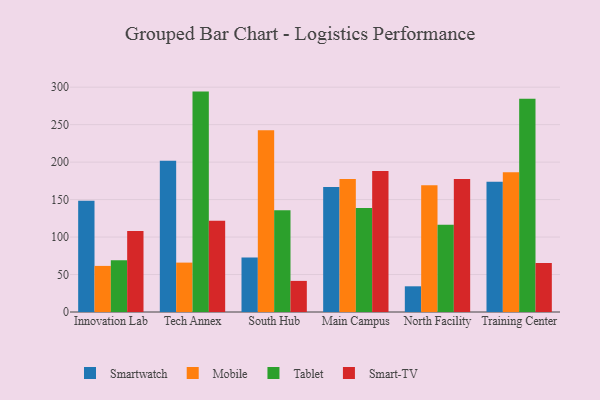
{"axis": {"x": "Campus", "y": "Inventory Turnover"}, "legend": ["Mobile", "Smart-TV", "Smartwatch", "Tablet"], "data": [{"x": "Innovation Lab", "y": 148.5, "type": "Smartwatch"}, {"x": "Innovation Lab", "y": 61.5, "type": "Mobile"}, {"x": "Innovation Lab", "y": 68.9, "type": "Tablet"}, {"x": "Innovation Lab", "y": 108.2, "type": "Smart-TV"}, {"x": "Tech Annex", "y": 201.7, "type": "Smartwatch"}, {"x": "Tech Annex", "y": 65.9, "type": "Mobile"}, {"x": "Tech Annex", "y": 294.1, "type": "Tablet"}, {"x": "Tech Annex", "y": 121.8, "type": "Smart-TV"}, {"x": "South Hub", "y": 72.8, "type": "Smartwatch"}, {"x": "South Hub", "y": 242.5, "type": "Mobile"}, {"x": "South Hub", "y": 135.7, "type": "Tablet"}, {"x": "South Hub", "y": 41.5, "type": "Smart-TV"}, {"x": "Main Campus", "y": 166.8, "type": "Smartwatch"}, {"x": "Main Campus", "y": 177.5, "type": "Mobile"}, {"x": "Main Campus", "y": 138.8, "type": "Tablet"}, {"x": "Main Campus", "y": 188.2, "type": "Smart-TV"}, {"x": "North Facility", "y": 34.3, "type": "Smartwatch"}, {"x": "North Facility", "y": 169.1, "type": "Mobile"}, {"x": "North Facility", "y": 116.5, "type": "Tablet"}, {"x": "North Facility", "y": 177.4, "type": "Smart-TV"}, {"x": "Training Center", "y": 173.9, "type": "Smartwatch"}, {"x": "Training Center", "y": 186.5, "type": "Mobile"}, {"x": "Training Center", "y": 284.5, "type": "Tablet"}, {"x": "Training Center", "y": 65.4, "type": "Smart-TV"}]}